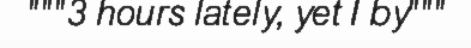
"""3 hours lately, yet I by"""